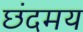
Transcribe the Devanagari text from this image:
छंदमय